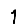
Digit: 1